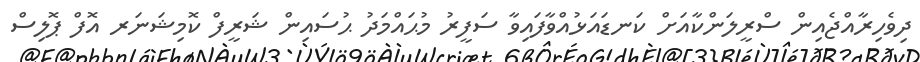
ދިވެހިރާއްޖެއިން ސްރީލަންކާއަށް ކަނޑައަޅުއްވާފައިވާ ސަފީރު މުޙައްމަދު ޙުސައިން ޝަރީފް ކޮމިޝަނަރ އޮފް ޕޮލިސް